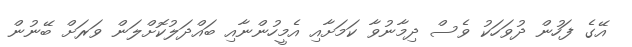
އޭގެ ފަހުން ދުވަހަކު ވެސް ދިމާނުވާ ކަމަށާއި އެމީހުންނާއި ބައްދަލުކޮށްލަން ވަރަށް ބޭނުން